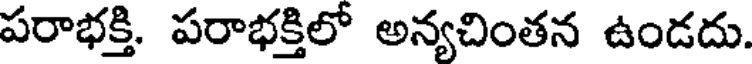
పరాభక్తి. పరాభక్తిలో అన్యచింతన ఉండదు.